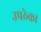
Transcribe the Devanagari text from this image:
उपठेका